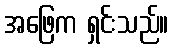
အဖြေက ရှင်းသည်။